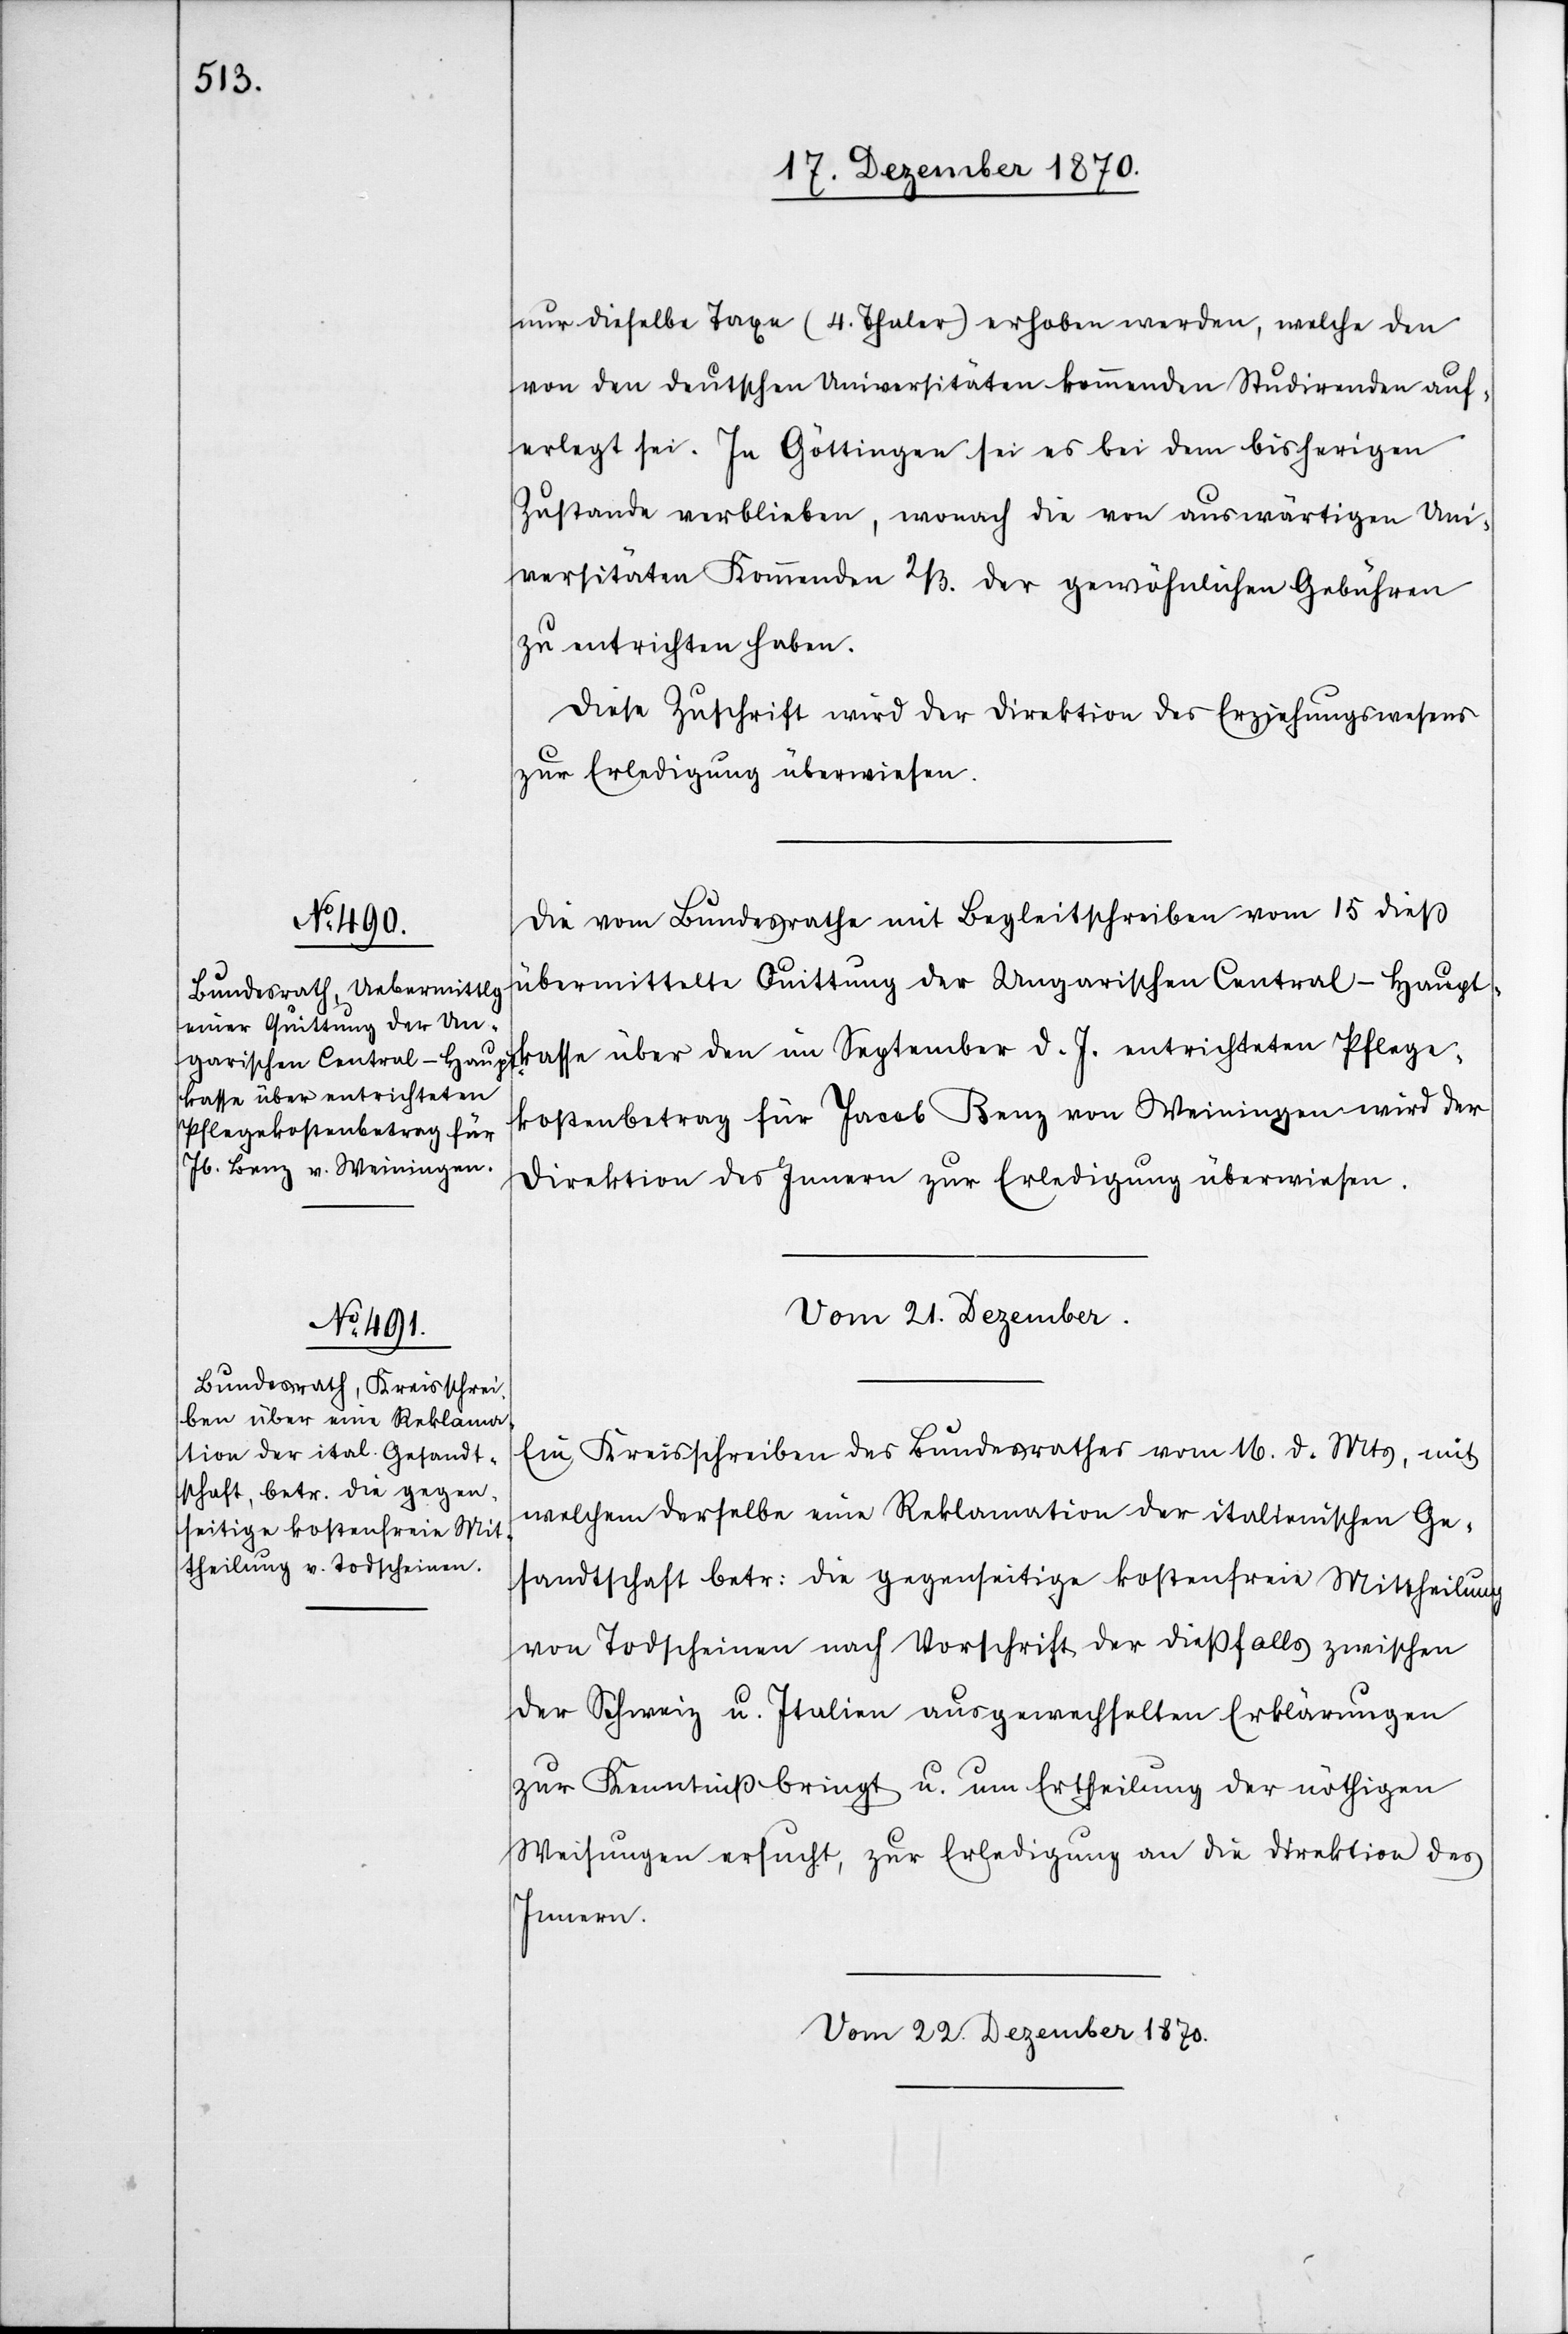
nur dieselbe Taxe (4. Thaler) erhoben werden, welche den
von den deutschen Universitäten kommenden Studirenden auf¬
erlegt sei. In Göttingen sei es bei dem bisherigen
Zustande verblieben, wonach die von auswärtigen Uni¬
versitäten Kommenden 2/3. der gewöhnlichen Gebühren
zu entrichten haben.
Diese Zuschrift wird der Direktion des Erziehungswesens
zur Erledigung überwiesen.
Die vom Bundesrathe mit Begleitschreiben vom 15 dieß
übermittelte Quittung der Ungarischen Central-Haupt¬
kasse über den im Septembr d. J. entrichteten Pflege¬
kostenbetrag für Jacob Benz von Weiningen wird der
Direktion des Innern zur Erledigung überwiesen.
Vom 21. Dezember.
Ein Kreisschreiben des Bundesrathes vom 16. d. Mts, mit
welchem derselbe eine Reklamation der italienischen Ge¬
sandtschaft betr: die gegenseitige kostenfreie Mittheilung
von Todscheinen nach Vorschrift der dießfalls zwischen
der Schweiz u. Italien ausgewechselten Erklärungen
zur Kenntniß bringt u. um Ertheilung der nöthigen
Weisungen ersucht, [geht] zur Erledigung an die Direktion des
Innern.